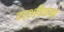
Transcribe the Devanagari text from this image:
दर्शविताना